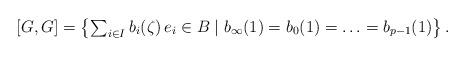
LaTeX: \begin{align*}[G,G] = \left\{ {\textstyle\sum_{i \in I} b_i(\zeta) \, e_i} \in B \mid b_\infty(1) = b_0(1) = \ldots = b_{p-1}(1) \right\}.\end{align*}